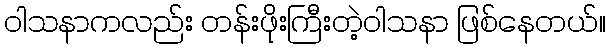
ဝါသနာကလည်း တန်းဖိုးကြီးတဲ့ဝါသနာ ဖြစ်နေတယ်။